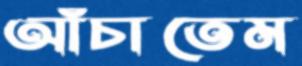
আঁচাতেম